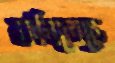
ফলিতেছে